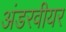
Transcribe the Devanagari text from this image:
अंडरवीयर